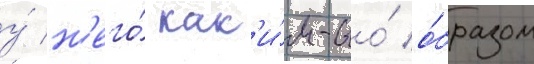
у́ н'его́ как'и́м-то́ о́бразом